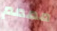
مممم